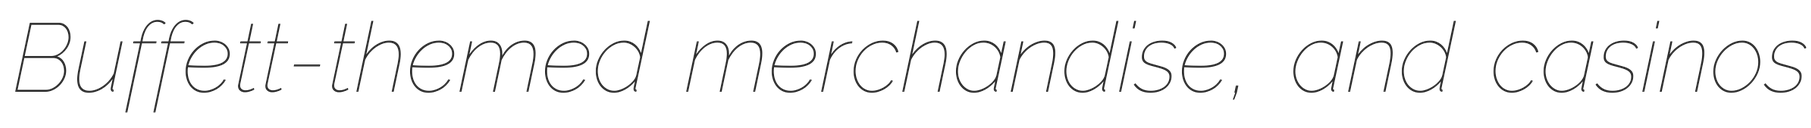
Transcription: Buffett-themed merchandise, and casinos